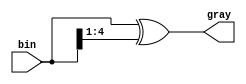
module binToGray#(
    parameter addr_width = 5
	)(
		input [addr_width-1:0] bin,

		output [addr_width-1:0] gray
	);

	assign gray = bin ^ (bin >> 1);

endmodule